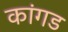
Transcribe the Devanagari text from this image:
कांगड